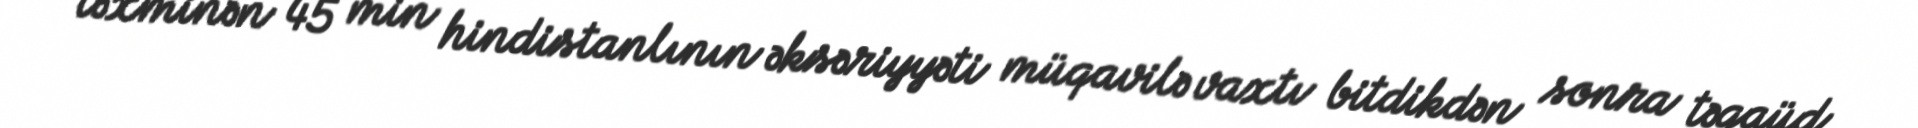
təxminən 45 min hindistanlının əksəriyyəti müqavilə vaxtı bitdikdən sonra təqaüd